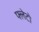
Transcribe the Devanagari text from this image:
फ्लेटो